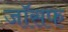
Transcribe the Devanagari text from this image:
जाॅसफ